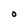
Character: 0